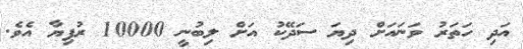
އަދި ހަތަރު ވަނައަށް ދިޔަ ސަދޭކު އަށް ލިބުނީ 10000 ރުފިޔާ އެވެ.